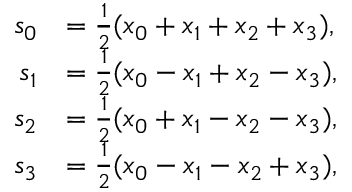
{ \begin{array} { r l } { s _ { 0 } } & { = { \frac { 1 } { 2 } } ( x _ { 0 } + x _ { 1 } + x _ { 2 } + x _ { 3 } ) , } \\ { s _ { 1 } } & { = { \frac { 1 } { 2 } } ( x _ { 0 } - x _ { 1 } + x _ { 2 } - x _ { 3 } ) , } \\ { s _ { 2 } } & { = { \frac { 1 } { 2 } } ( x _ { 0 } + x _ { 1 } - x _ { 2 } - x _ { 3 } ) , } \\ { s _ { 3 } } & { = { \frac { 1 } { 2 } } ( x _ { 0 } - x _ { 1 } - x _ { 2 } + x _ { 3 } ) , } \end{array} }